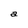
Character: a